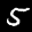
Label: 5